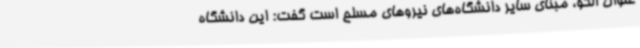
عنوان الگو، مبنای سایر دانشگاه‌های نیروهای مسلح است گفت: این دانشگاه